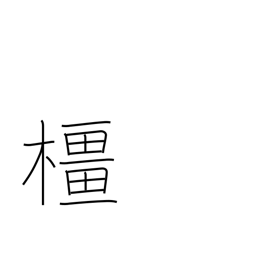
Meaning: oak